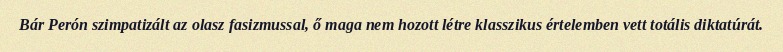
Bár Perón szimpatizált az olasz fasizmussal, ő maga nem hozott létre klasszikus értelemben vett totális diktatúrát.